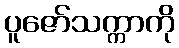
ပူဇော်သက္ကာကို